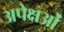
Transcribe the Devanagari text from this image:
अपेक्षओं